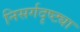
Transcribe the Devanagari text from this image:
निसर्गदृष्ट्या